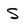
Character: S